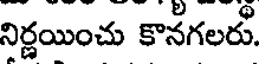
నిర్ణయించు కొనగలరు.